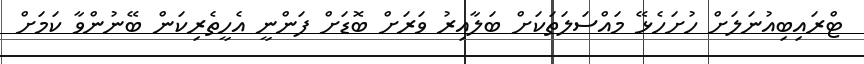
ޓްރައިބިއުނަލަށް ހުށަހެޅޭ މައްސަަލަތަކަށް ބަލާއިރު ވަރަށް ބޮޑަށް ފަންނީ އެހީތެރިކަން ބޭނުންވާ ކަމަށް